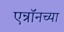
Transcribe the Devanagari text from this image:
एन्रॉनच्या